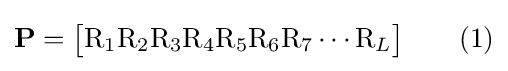
\mathbf {P} ={\begin{bmatrix}\mathrm {R} _{1}\mathrm {R} _{2}\mathrm {R} _{3}\mathrm {R} _{4}\mathrm {R} _{5}\mathrm {R} _{6}\mathrm {R} _{7}\cdots \mathrm {R} _{L}\end{bmatrix}}\qquad {\text{(1)}}